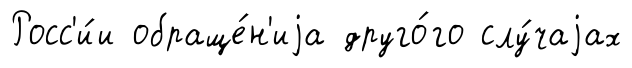
Росс'и́и обраще́н'иjа друго́го слу́чаjах